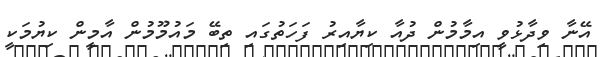
އޭނާ ވިދާޅުވީ އިމާމުން ދުއާ ކިޔާއިރު ފަހަތުގައި ތިބޭ މައުމޫމުން އާމީން ކިޔުމަކީ